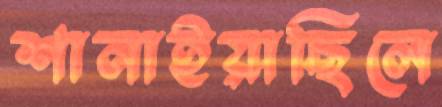
শানাইয়াছিলে